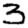
Digit: 3